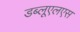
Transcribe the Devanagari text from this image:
डब्लूएलएस